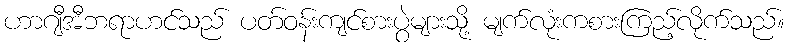
ဟာဂျီအီဘရာဟင်သည် ပတ်ဝန်းကျင်စားပွဲများသို့ မျက်လုံးကစားကြည့်လိုက်သည်။